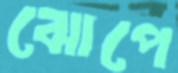
ঝোপে